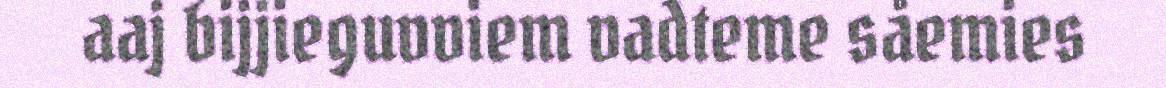
aaj bijjieguvviem vadteme såemies